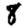
Digit: 8